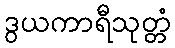
ဒွယကာရီသုတ္တံ